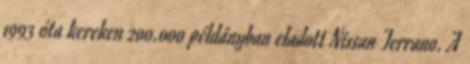
1993 óta kereken 200.000 példányban eladott Nissan Terrano. A